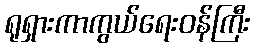
ရုရှားကာကွယ်ရေးဝန်ကြီး